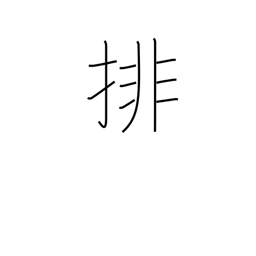
Meaning: arrange